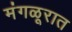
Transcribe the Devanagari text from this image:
मंगळूरात